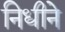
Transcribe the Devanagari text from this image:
निधीने